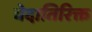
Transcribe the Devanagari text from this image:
वेदातिरिक्त